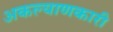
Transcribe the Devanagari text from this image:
अकल्याणकारी